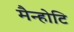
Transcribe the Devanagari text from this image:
मैन्होटि